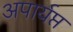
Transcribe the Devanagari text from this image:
अपार्यप्त